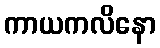
ကာယကလိနော